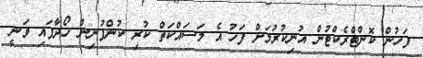
ފަހުން ކޮންޓްރެކްޓުން އުނިކުރުމަށް ފަހު އެ މަސައްކަތް ކުރި ކުންފުނިން ހޯދާފައި ވަނީ